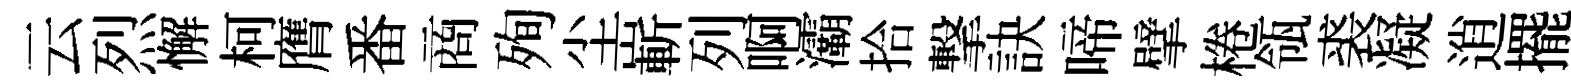
云烈懈柯膺番商殉尘嶄列啊灞拾撃訣啼擘棬瓴裘凝逍擺